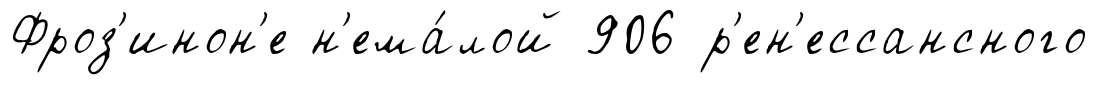
Фроз'инон'е н'ема́лой 906 р'ен'ессансного